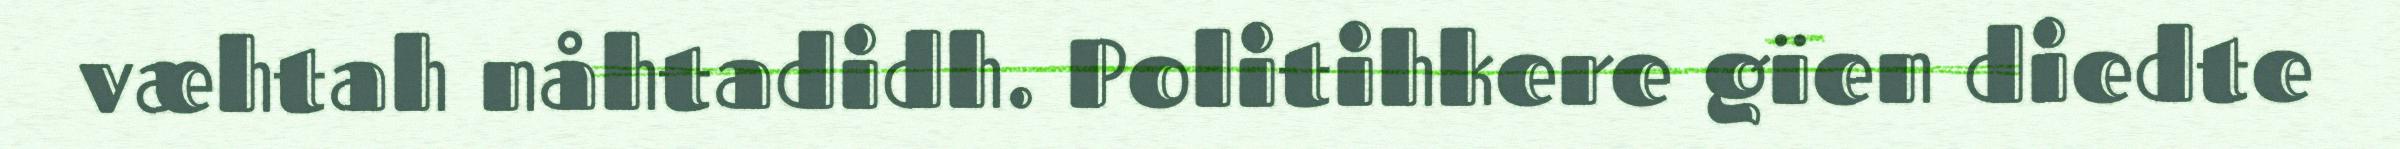
væhtah nåhtadidh. Politihkere gïen diedte